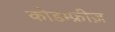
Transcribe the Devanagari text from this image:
कोडम्फ्रीज़